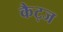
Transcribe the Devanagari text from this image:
कैट्ज